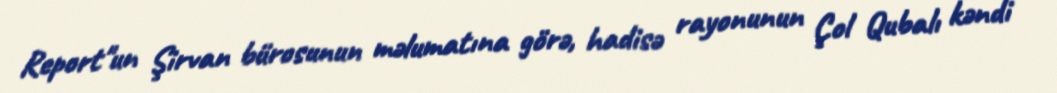
Report"un Şirvan bürosunun məlumatına görə, hadisə rayonunun Çol Qubalı kəndi